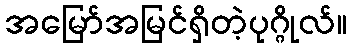
အမြော်အမြင်ရှိတဲ့ပုဂ္ဂိုလ်။